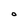
Character: O